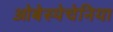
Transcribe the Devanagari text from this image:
ओबेस्पेचेनिया